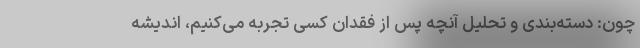
چون: دسته‌بندی و تحلیل آنچه پس از فقدان کسی تجربه می‌کنیم، اندیشه